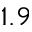
1 . 9